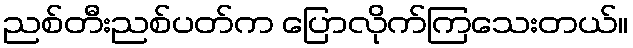
ညစ်တီးညစ်ပတ်က ပြောလိုက်ကြသေးတယ်။